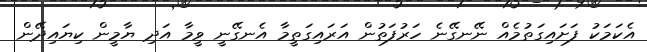
އެކަމަކު ފަށައިގަތުމެއް ނޭނގޭނެ ހަރުފަތުން އަރައިގަތީމާ އެނގޭނީ ވީމާ އަދި ޔާމީން ކިޔައިދޭން